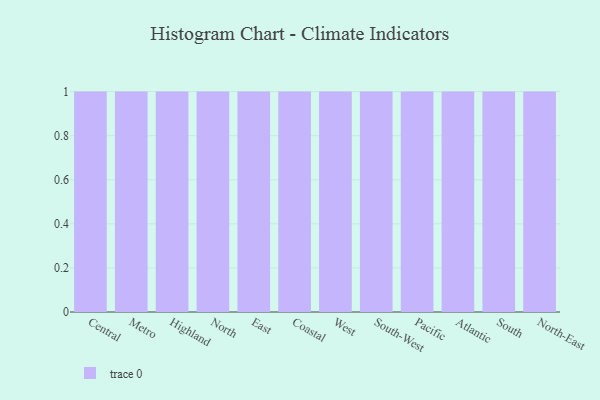
{"axis": {"x": "Region", "y": "Bounce Rate (%)"}, "legend": [""], "data": [{"x": "Central", "y": 54, "type": ""}, {"x": "Metro", "y": 31, "type": ""}, {"x": "Highland", "y": 51, "type": ""}, {"x": "North", "y": 13, "type": ""}, {"x": "East", "y": 97, "type": ""}, {"x": "Coastal", "y": 20, "type": ""}, {"x": "West", "y": 95, "type": ""}, {"x": "South-West", "y": 59, "type": ""}, {"x": "Pacific", "y": 84, "type": ""}, {"x": "Atlantic", "y": 28, "type": ""}, {"x": "South", "y": 37, "type": ""}, {"x": "North-East", "y": 36, "type": ""}]}